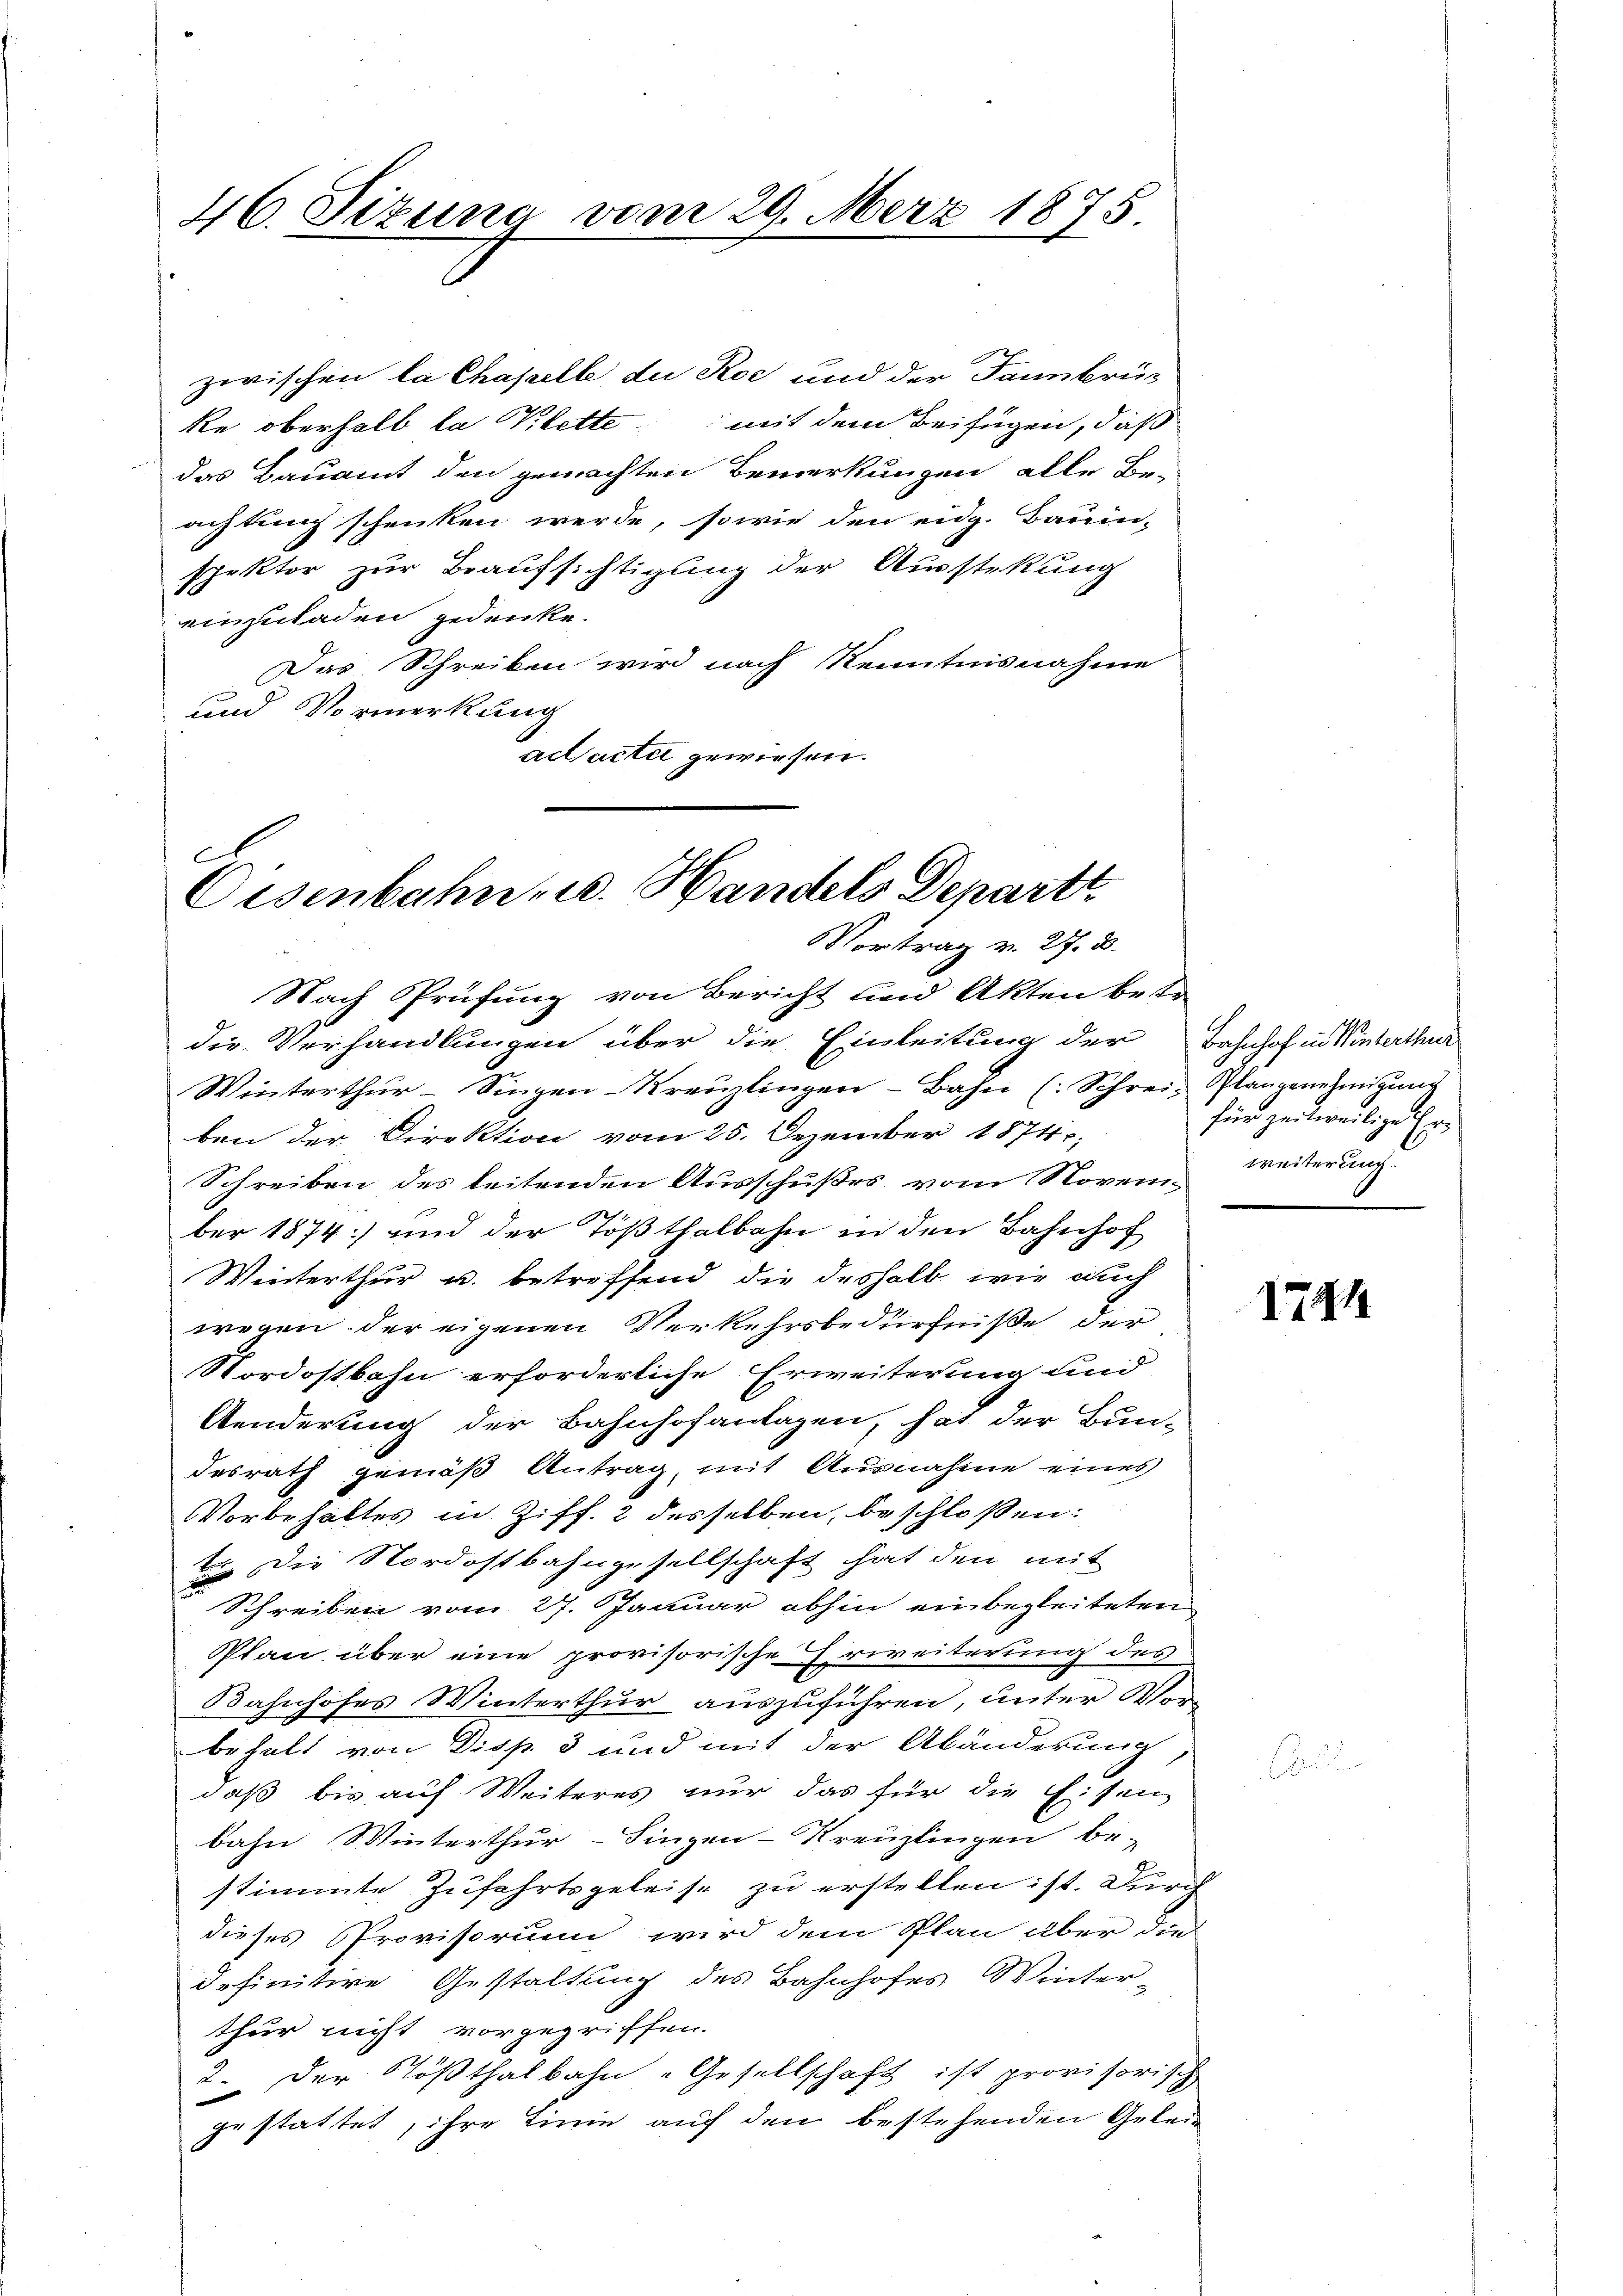
46. Sizung vom 29. März 1875

zwischen la Chapelle du Roe und der Dannbrüc
ke oberhalb la Klette mit dem Beifügen, daß
das Bauamt den gemachten Bemerkungen alle Be-
achtung schenken werde, sowie den eidg. Bauin-
spektor zur Beaufsichtigung der Ausstekung
einzuladen gedenke.
Das Schreiben wird nach Kenntnisnahme
und Vormerkung
ad acter gewiesen.

C
Oisenbahn u. Handels Depart
Vortrag v. 27. B.

Nach Prüfung von Bericht und Akten beste
die Verhandlungen über die Einleitung der Bahnhof in Winterthur
Winterthur–Singen-Kreuzlingen Bahn (Schrei- Plangenehmigung
ben der Direktion vom 25. Dezember 1874,
Schreiben des leitenden Ausschußes vom Novem weiterung
ber 1874) und der Tößthalbahn in den Bahnhof
Winterthur u. betreffend die deshalb wie auch
wegen der eigenen Verkehrsbedürfniße der
Nordostbahn erforderliche Erweiterung und
Aenderung der Bahnhofanlagen, hat der Bun-
desrath gemäß Antrag, mit Ausnahme eines
Vorbehaltes in Ziff. 2 desselben, beschloßen:
t. Die Nordostbahngesellschaft hat den mit
Schreiben vom 27. Januar abhin einbegleiteten
Plan über eine provisorische Erweiterung des
Bahnhofes Winterthur auszuführen, unter Vorbehalt von Disp. 3 und mit der Abänderung
daß bis auf Weiteres nur das für die Eisen
bahn Winterthur–Singen-Kreuzlingen be-
stimmte Zufahrtsgeleise zu erstellen ist. Durch
dieses Provisorium wird dem Plan aber die
definitive Gestaltung des Bahnhofes Winter-
thur nicht vorgegriffen.
2. Der Tößthalbahn „Gesellschaft ist provisorisch
gestattet, ihre Linie auf den bestehenden Gelei
.

für zeitweilige Er¬

141